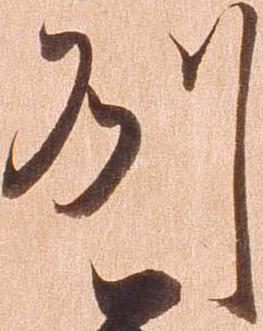
州